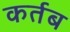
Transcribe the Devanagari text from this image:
कर्तब